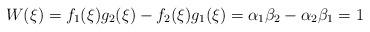
LaTeX: \begin{align*}W(\xi )=f_{1}(\xi )g_{2}(\xi )-f_{2}(\xi )g_{1}(\xi )=\alpha _{1}\beta_{2}-\alpha _{2}\beta _{1}=1\end{align*}